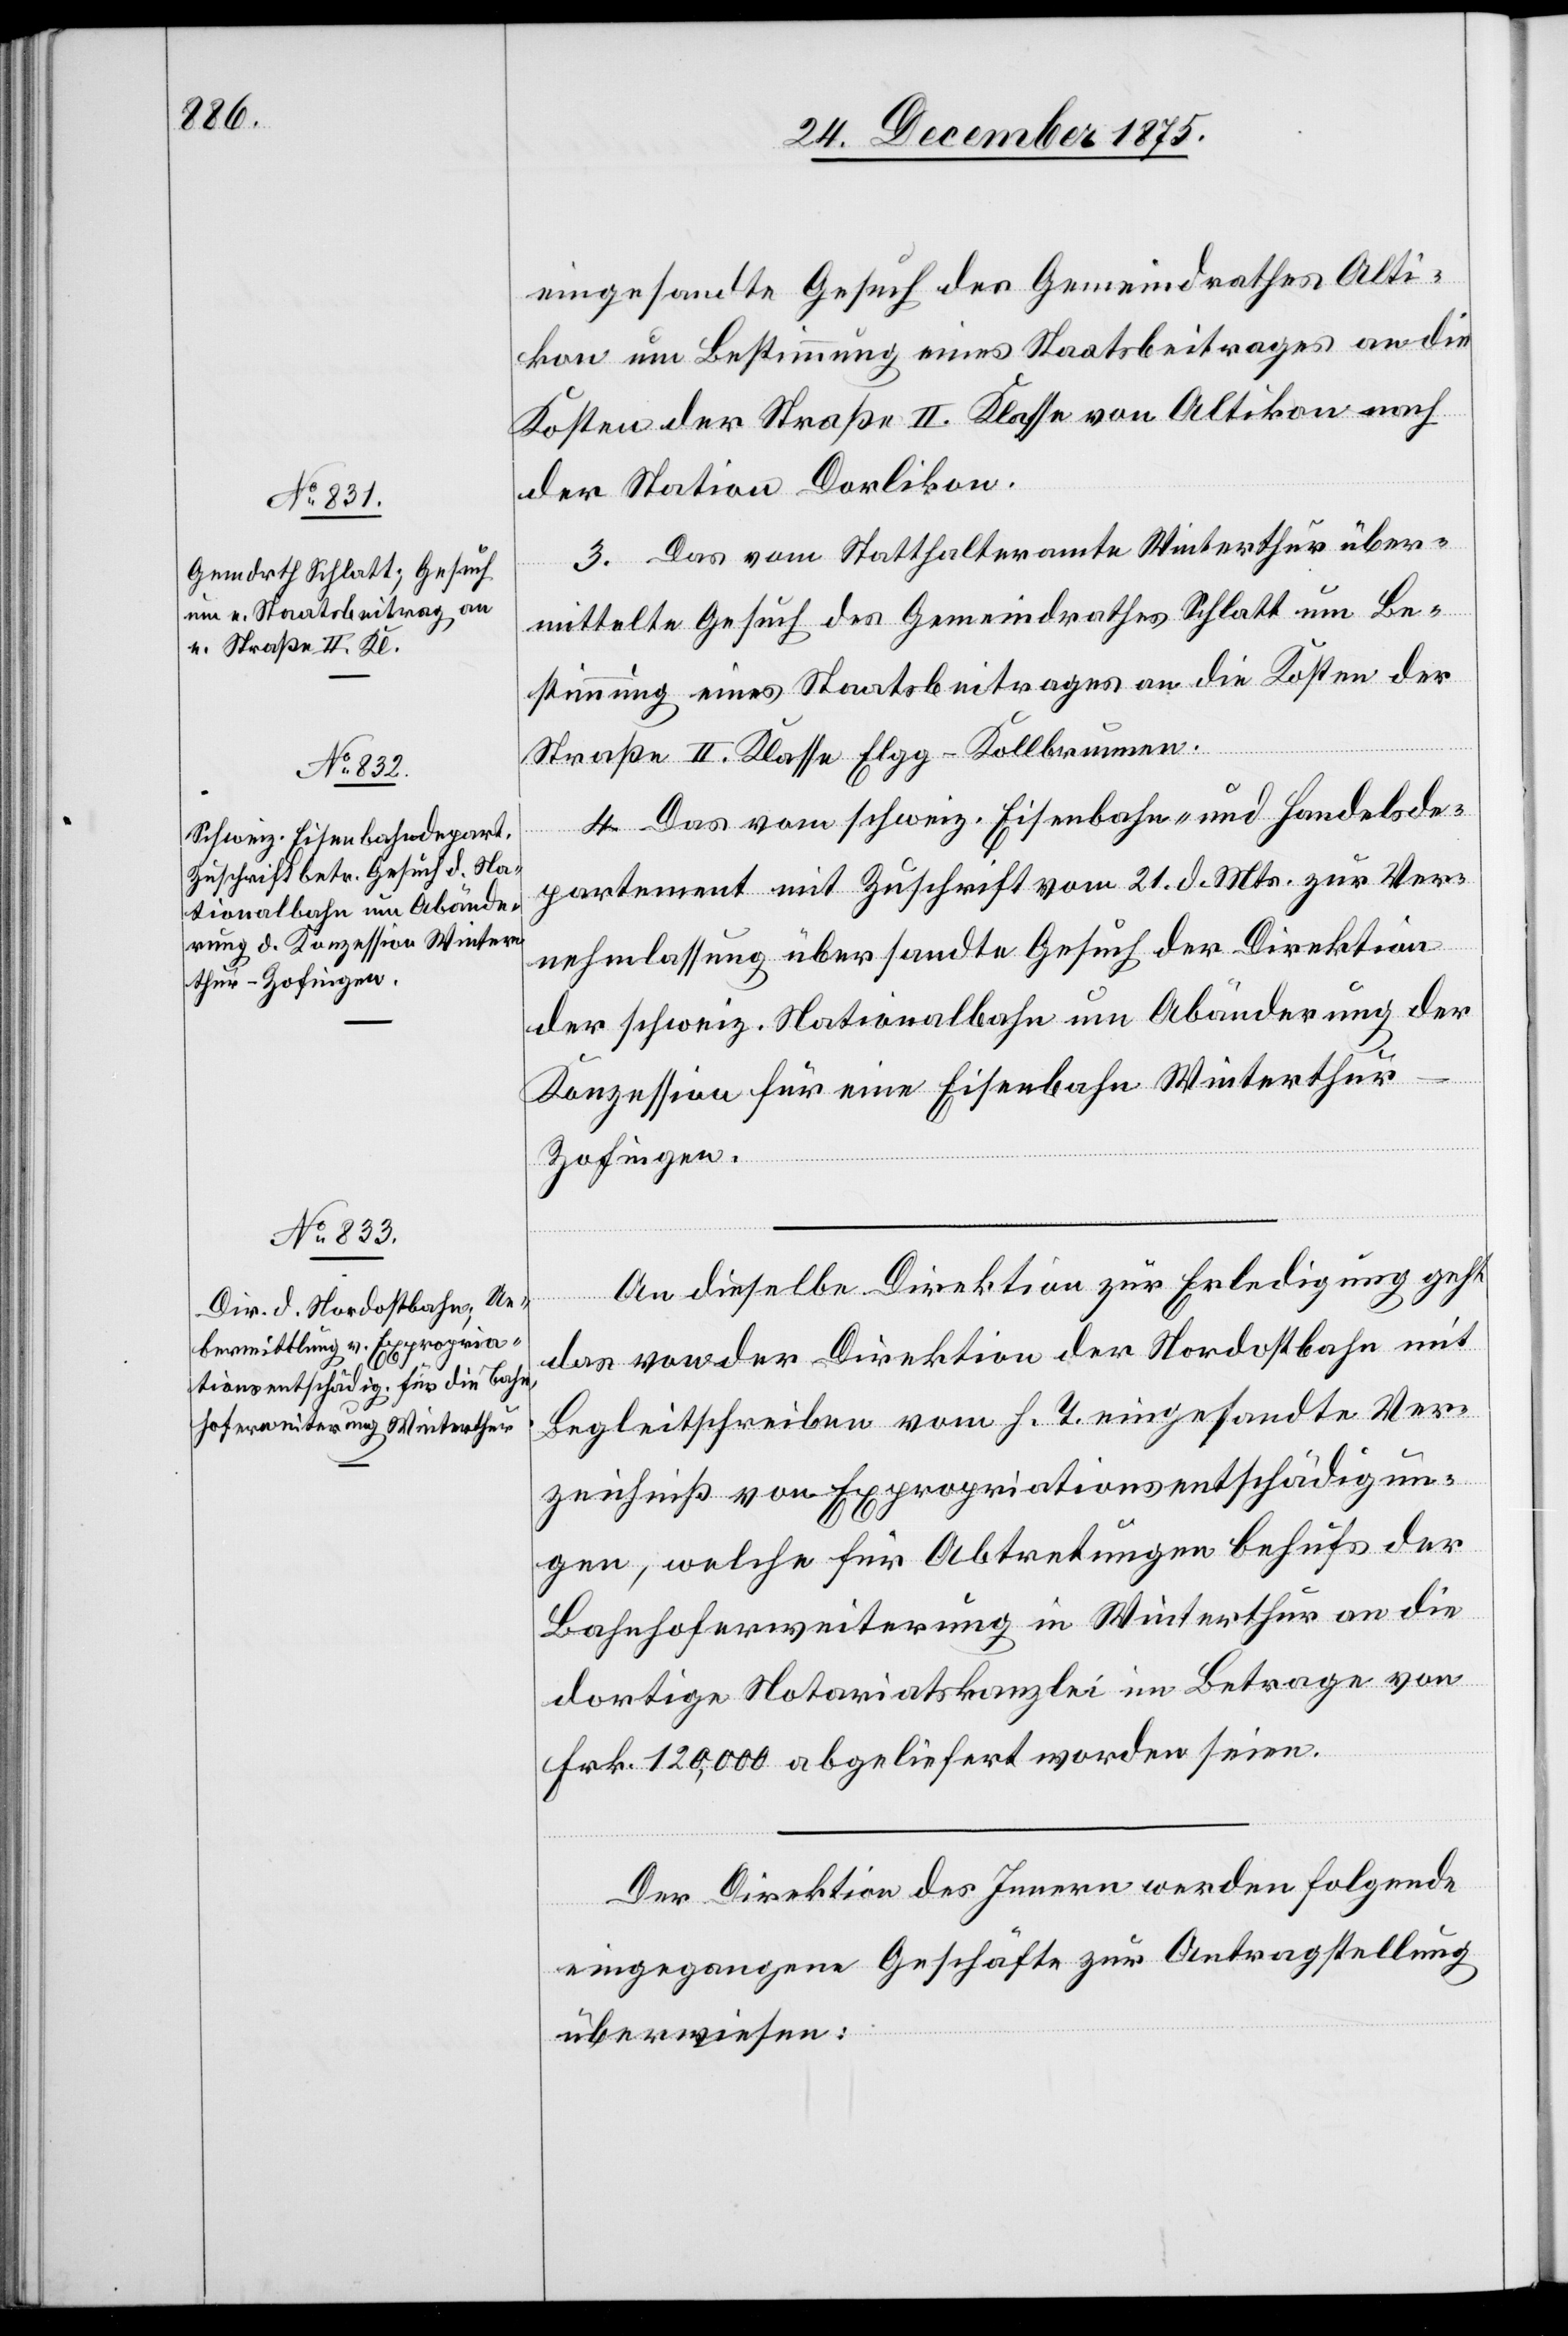
24. December 1875.]
eingesandte Gesuch des Gemeindrathes Alti¬
kon um Bestimmung eines Staatsbeitrages an die
Kosten der Straße II. Klasse von Altikon nach
der Station Dorlikon.
3. Das vom Statthalteramte Winterthur über¬
mittelte Gesuch des Gemeindrathes Schlatt um Be¬
stimmung eines Staatsbeitrages an die Kosten der
Straße II. Klasse Elgg–Kollbrunnen.
4. Das vom schweiz. Eisenbahn- und Handelsde¬
partement mit Zuschrift vom 21. d. Mts. zur Ver¬
nehmlassung übersandte Gesuch der Direktion
der schweiz. Nationalbahn um Abänderung der
Konzession für eine Eisenbahn Winterthur–Z¬
ofingen.
An dieselbe Direktion zur Erledigung geht
das von der Direktion der Nordostbahn mit
Begleitschreiben vom h. T eingesandte Ver¬
zeichniß von Expropriationsentschädigun¬
gen, welche für Abtretungen behufs der
Bahnhoferweiterung in Winterthur an die
dortige Notariatskanzlei im Betrage von
Frk. 120,000 abgeliefert worden seien.
Der Direktion des Innern werden folgende
eingegangenen Geschäfte zur Antragstellung
überwiesen: